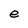
Character: e